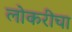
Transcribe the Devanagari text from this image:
लोकरीचा